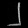
Digit: ၂